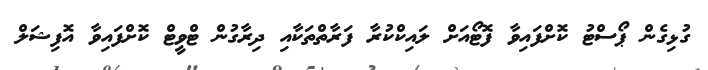
ގުޅިގެން ޕޯސްޓު ކޮށްފައިވާ ފޮޓޯއަށް ލައިކްކުރާ ފަރާތްތަކާއި ދިރާގުން ޓްވީޓް ކޮށްފައިވާ އޮފިޝަލް